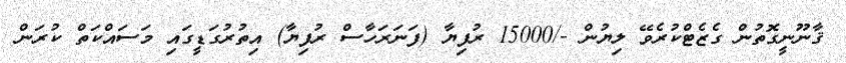
ޤާނޫނީގޮތުން ގެޒެޓްކުރެވޭ ލިޔުން -/15000 ރުފިޔާ (ފަނަރަހާސް ރުފިޔާ) އިތުރުގަޑީގައި މަސައްކަތް ކުރަން